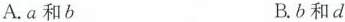
A.a和b B.b和d